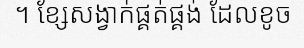
។ ខ្សែសង្វាក់ផ្គត់ផ្គង់ ដែលខូច